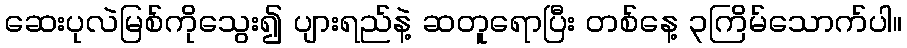
ဆေးပုလဲမြစ်ကိုသွေး၍ ပျားရည်နဲ့ ဆတူရောပြီး တစ်နေ့ ၃ကြိမ်သောက်ပါ။